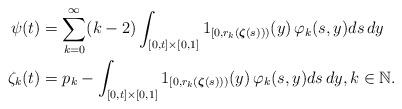
LaTeX: \begin{align*}\psi (t)& =\sum_{k=0}^{\infty }(k-2)\int_{[0,t]\times \lbrack 0,1]}{{1}}_{[0,r_{k}(\boldsymbol{\zeta} (s)))}(y)\,\varphi _{k}(s,y)ds\,dy \\\zeta _{k}(t)& =p_{k}-\int_{[0,t]\times \lbrack 0,1]}{{1}}_{[0,r_{k}(\boldsymbol{\zeta} (s)))}(y)\,\varphi _{k}(s,y)ds\,dy,k\in \mathbb{N}.\end{align*}